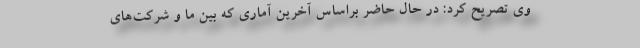
وی تصریح کرد: در حال حاضر براساس آخرین آماری که بین ما و شرکت‌های